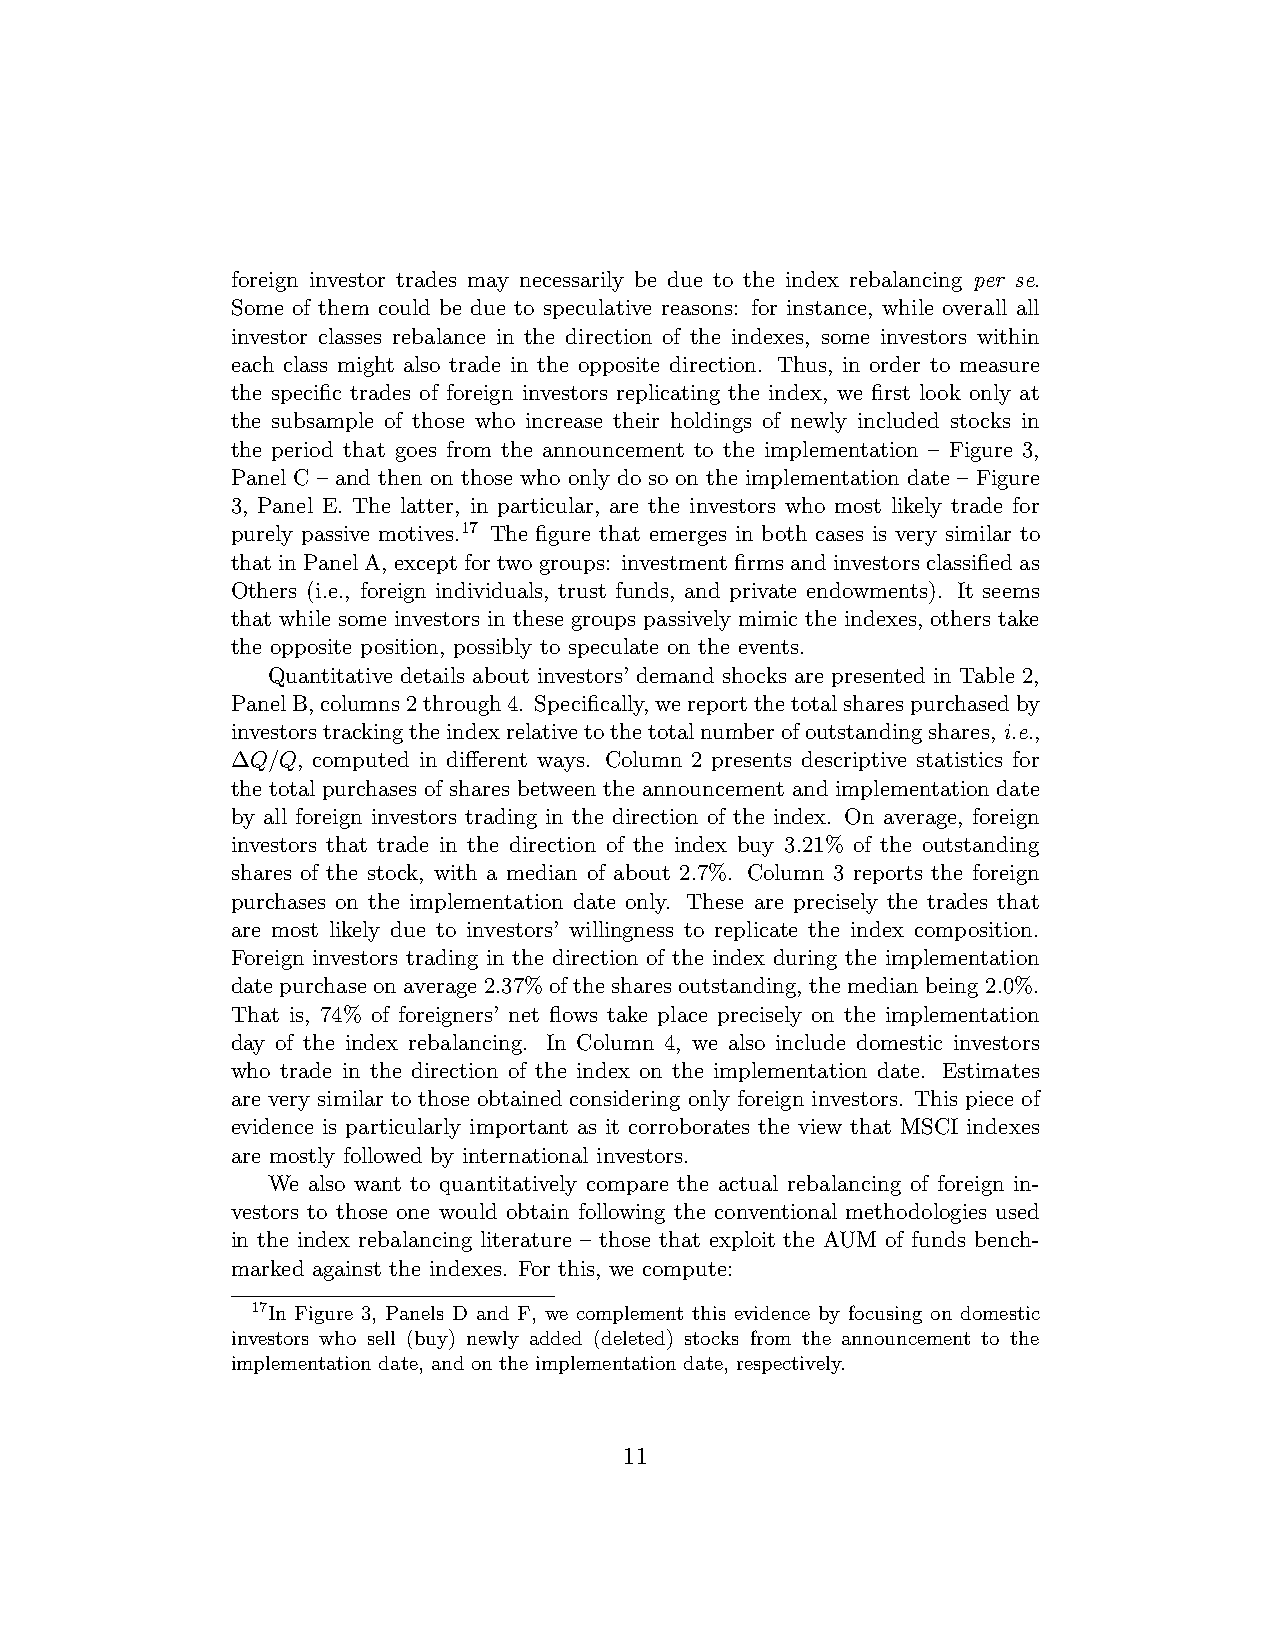
foreign investor trades may necessarily be due to the index rebalancing per se.
 Some of them could be due to speculative reasons: for instance, while overall all
 investor classes rebalance in the direction of the indexes, some investors within
 each class might also trade in the opposite direction. Thus, in order to measure
 the specific trades of foreign investors replicating the index, we first look only at
 the subsample of those who increase their holdings of newly included stocks in
 the period that goes from the announcement to the implementation – Figure 3,
 Panel C – and then on those who only do so on the implementation date – Figure
 3, Panel E. The latter, in particular, are the investors who most likely trade for
 purely passive motives.17 The figure that emerges in both cases is very similar to
 thatinPanelA,exceptfortwogroups: investmentfirmsandinvestorsclassifiedas
 Others (i.e., foreign individuals, trust funds, and private endowments). It seems
 that while some investors in these groups passively mimic the indexes, others take
 the opposite position, possibly to speculate on the events.
 Quantitative details about investors’ demand shocks are presented in Table 2,
 PanelB,columns2through4. Specifically,wereportthetotalsharespurchasedby
 investorstrackingtheindexrelativetothetotalnumberofoutstandingshares,i.e.,
 ∆Q/Q, computed in different ways. Column 2 presents descriptive statistics for
 the total purchases of shares between the announcement and implementation date
 by all foreign investors trading in the direction of the index. On average, foreign
 investors that trade in the direction of the index buy 3.21% of the outstanding
 shares of the stock, with a median of about 2.7%. Column 3 reports the foreign
 purchases on the implementation date only. These are precisely the trades that
 are most likely due to investors’ willingness to replicate the index composition.
 Foreign investors trading in the direction of the index during the implementation
 date purchase on average 2.37% of the shares outstanding, the median being 2.0%.
 That is, 74% of foreigners’ net flows take place precisely on the implementation
 day of the index rebalancing. In Column 4, we also include domestic investors
 who trade in the direction of the index on the implementation date. Estimates
 are very similar to those obtained considering only foreign investors. This piece of
 evidence is particularly important as it corroborates the view that MSCI indexes
 are mostly followed by international investors.
 We also want to quantitatively compare the actual rebalancing of foreign in-
 vestors to those one would obtain following the conventional methodologies used
 in the index rebalancing literature – those that exploit the AUM of funds bench-
 marked against the indexes. For this, we compute:
 17In Figure 3, Panels D and F, we complement this evidence by focusing on domestic
 investors who sell (buy) newly added (deleted) stocks from the announcement to the
 implementation date, and on the implementation date, respectively.
 11